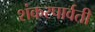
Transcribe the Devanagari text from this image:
शंकरपार्वती